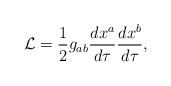
\begin{align*}{\cal L} = \frac12 g_{ab}\frac{dx^a}{d\tau} \frac{dx^b}{d\tau}, \end{align*}